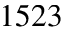
1 5 2 3